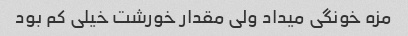
مزه خونگی میداد ولی مقدار خورشت خیلی کم بود